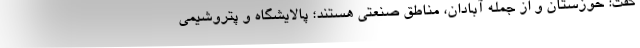
گفت: خوزستان و از جمله آبادان، مناطق صنعتی هستند؛ پالایشگاه و پتروشیمی